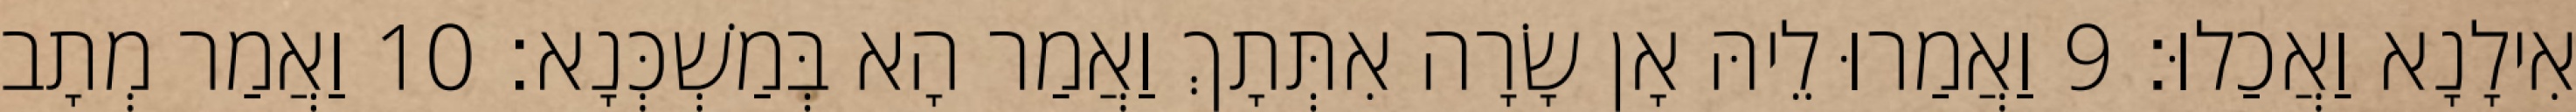
אִילָנָא וַאֲכַלוּ׃ 9 וַאֲמַרוּ לֵיהּ אָן שָׂרָה אִתְּתָךְ וַאֲמַר הָא בְּמַשְׁכְּנָא׃ 10 וַאֲמַר מְתָב